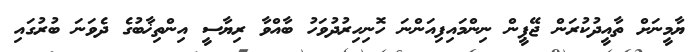
ޔާމީނަށް ތާއީދުކުރަން ޖޭޕީން ނިންމައިފިއަންނަ ހޮނިހިރުދުވަހު ބާއްވާ ރިޔާސީ އިންތިޚާބުގެ ދެވަނަ ބުރުގައި